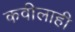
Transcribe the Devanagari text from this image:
कवीलाही